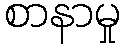
စာနာမှု